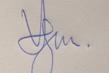
Signature authenticity: genuine